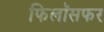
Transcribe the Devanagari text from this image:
फिलॉसफर